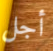
أجل